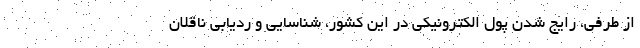
از طرفی، رایج شدن پول الکترونیکی در این کشور، شناسایی و ردیابی ناقلان